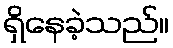
ရှိနေခဲ့သည်။